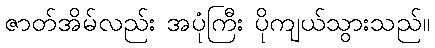
ဇာတ်အိမ်လည်း အပုံကြီး ပိုကျယ်သွားသည်။